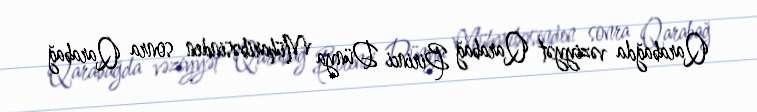
Qarabağda vəziyyət Qarabağ Birinci Dünya Müharibəsinden sonra Qarabağ